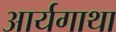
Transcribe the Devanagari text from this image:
आर्यगाथा